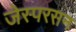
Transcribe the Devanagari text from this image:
जेस्परसन